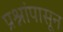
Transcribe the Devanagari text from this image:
प्रश्नांपासून